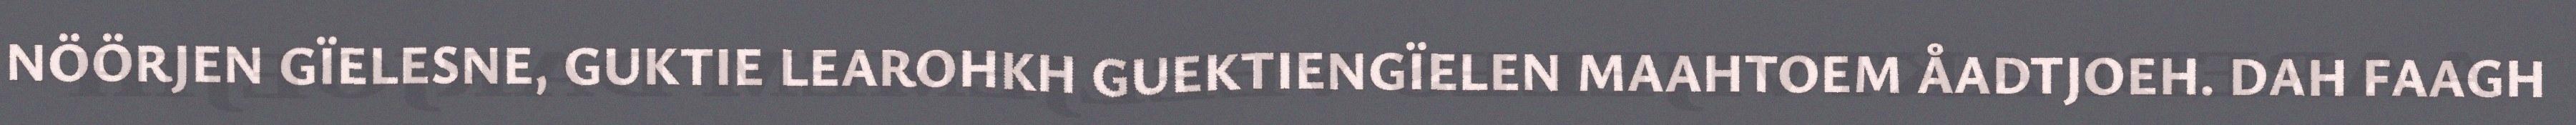
NÖÖRJEN GÏELESNE, GUKTIE LEAROHKH GUEKTIENGÏELEN MAAHTOEM ÅADTJOEH. DAH FAAGH